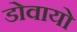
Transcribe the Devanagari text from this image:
डोवायो